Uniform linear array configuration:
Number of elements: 16
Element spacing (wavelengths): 0.5
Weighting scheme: hann
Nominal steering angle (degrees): -15
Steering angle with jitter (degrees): -14.069
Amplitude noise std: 0.05
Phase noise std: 0.05

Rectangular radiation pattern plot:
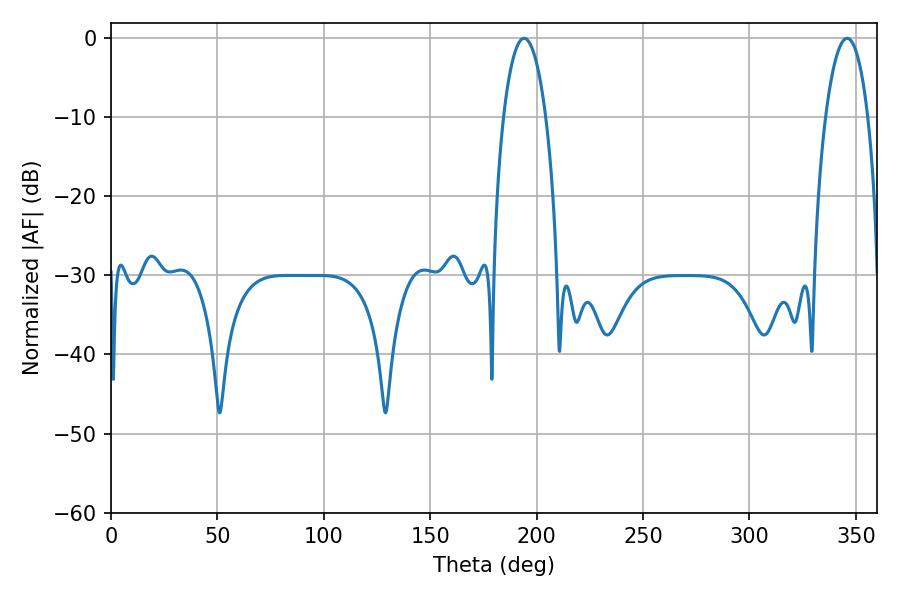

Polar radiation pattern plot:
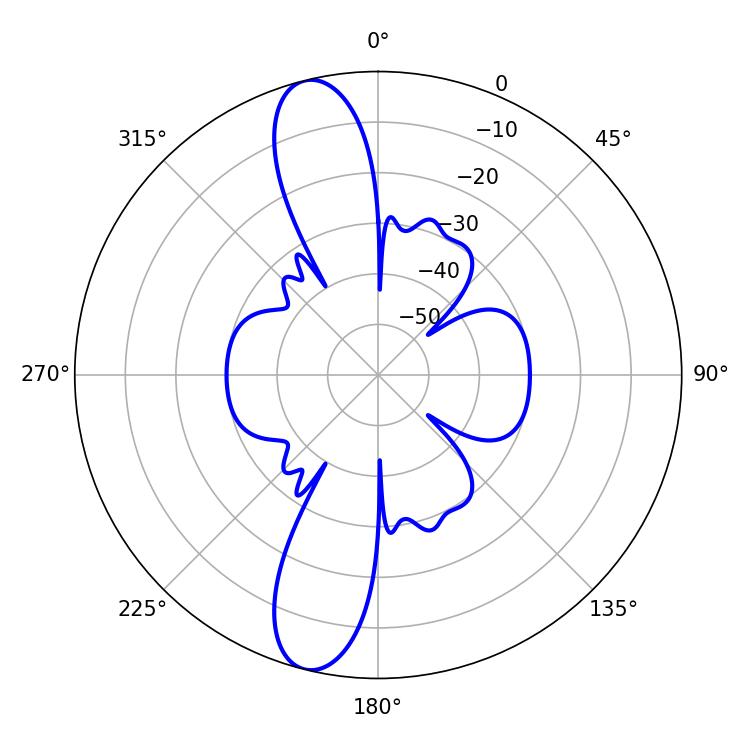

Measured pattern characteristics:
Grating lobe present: FALSE
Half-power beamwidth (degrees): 11.16
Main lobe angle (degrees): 194.04